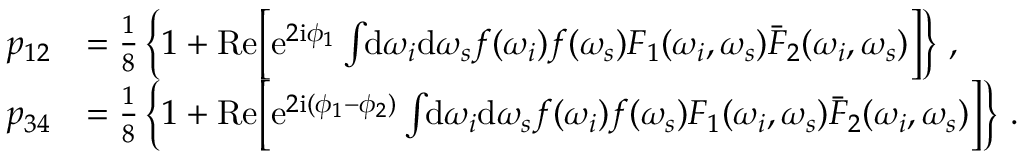
\begin{array} { r l } { p _ { 1 2 } } & { = \frac { 1 } { 8 } \left\{ 1 + \mathrm { R e } \Big [ \mathrm { e } ^ { 2 \mathrm { i } \phi _ { 1 } } \int \! \! \mathrm { d } \omega _ { i } \mathrm { d } \omega _ { s } f ( \omega _ { i } ) f ( \omega _ { s } ) F _ { 1 } ( \omega _ { i } , \omega _ { s } ) \bar { F } _ { 2 } ( \omega _ { i } , \omega _ { s } ) \Big ] \right\} \, , } \\ { p _ { 3 4 } } & { = \frac { 1 } { 8 } \left\{ 1 + \mathrm { R e } \Big [ \mathrm { e } ^ { 2 \mathrm { i } ( \phi _ { 1 } - \phi _ { 2 } ) } \int \! \! \mathrm { d } \omega _ { i } \mathrm { d } \omega _ { s } f ( \omega _ { i } ) f ( \omega _ { s } ) F _ { 1 } ( \omega _ { i } , \omega _ { s } ) \bar { F } _ { 2 } ( \omega _ { i } , \omega _ { s } ) \Big ] \right\} \, . } \end{array}